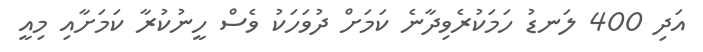
އަދި 400 ލަނޑު ހަމަކުރެވިދާނެ ކަމަށް ދުވަހަކު ވެސް ހީނުކުރާ ކަމަށާއި މިއީ